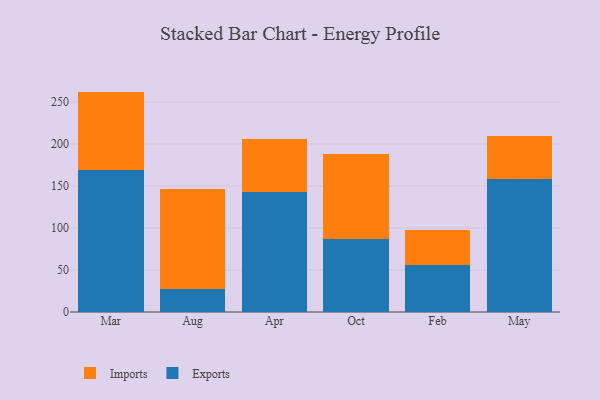
{"axis": {"x": "Month", "y": "Inventory Turnover"}, "legend": ["Exports", "Imports"], "data": [{"x": "Mar", "y": 168.9, "type": "Exports"}, {"x": "Mar", "y": 93.5, "type": "Imports"}, {"x": "Aug", "y": 27.5, "type": "Exports"}, {"x": "Aug", "y": 118.8, "type": "Imports"}, {"x": "Apr", "y": 142.7, "type": "Exports"}, {"x": "Apr", "y": 63.6, "type": "Imports"}, {"x": "Oct", "y": 87.2, "type": "Exports"}, {"x": "Oct", "y": 100.8, "type": "Imports"}, {"x": "Feb", "y": 55.6, "type": "Exports"}, {"x": "Feb", "y": 41.6, "type": "Imports"}, {"x": "May", "y": 157.8, "type": "Exports"}, {"x": "May", "y": 51.5, "type": "Imports"}]}